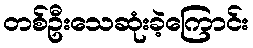
တစ်ဦးသေဆုံးခဲ့ကြောင်း